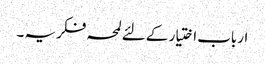
ارباب اختیار کے لئے لمحہ فکریہ ۔